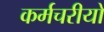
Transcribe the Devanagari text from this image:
कर्मचरीयों